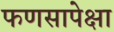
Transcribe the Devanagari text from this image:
फणसापेक्षा